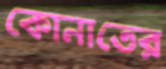
কোনাতের